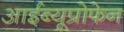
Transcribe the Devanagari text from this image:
आईब्यूप्रोफेन